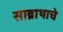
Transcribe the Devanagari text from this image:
साब्राथाचे